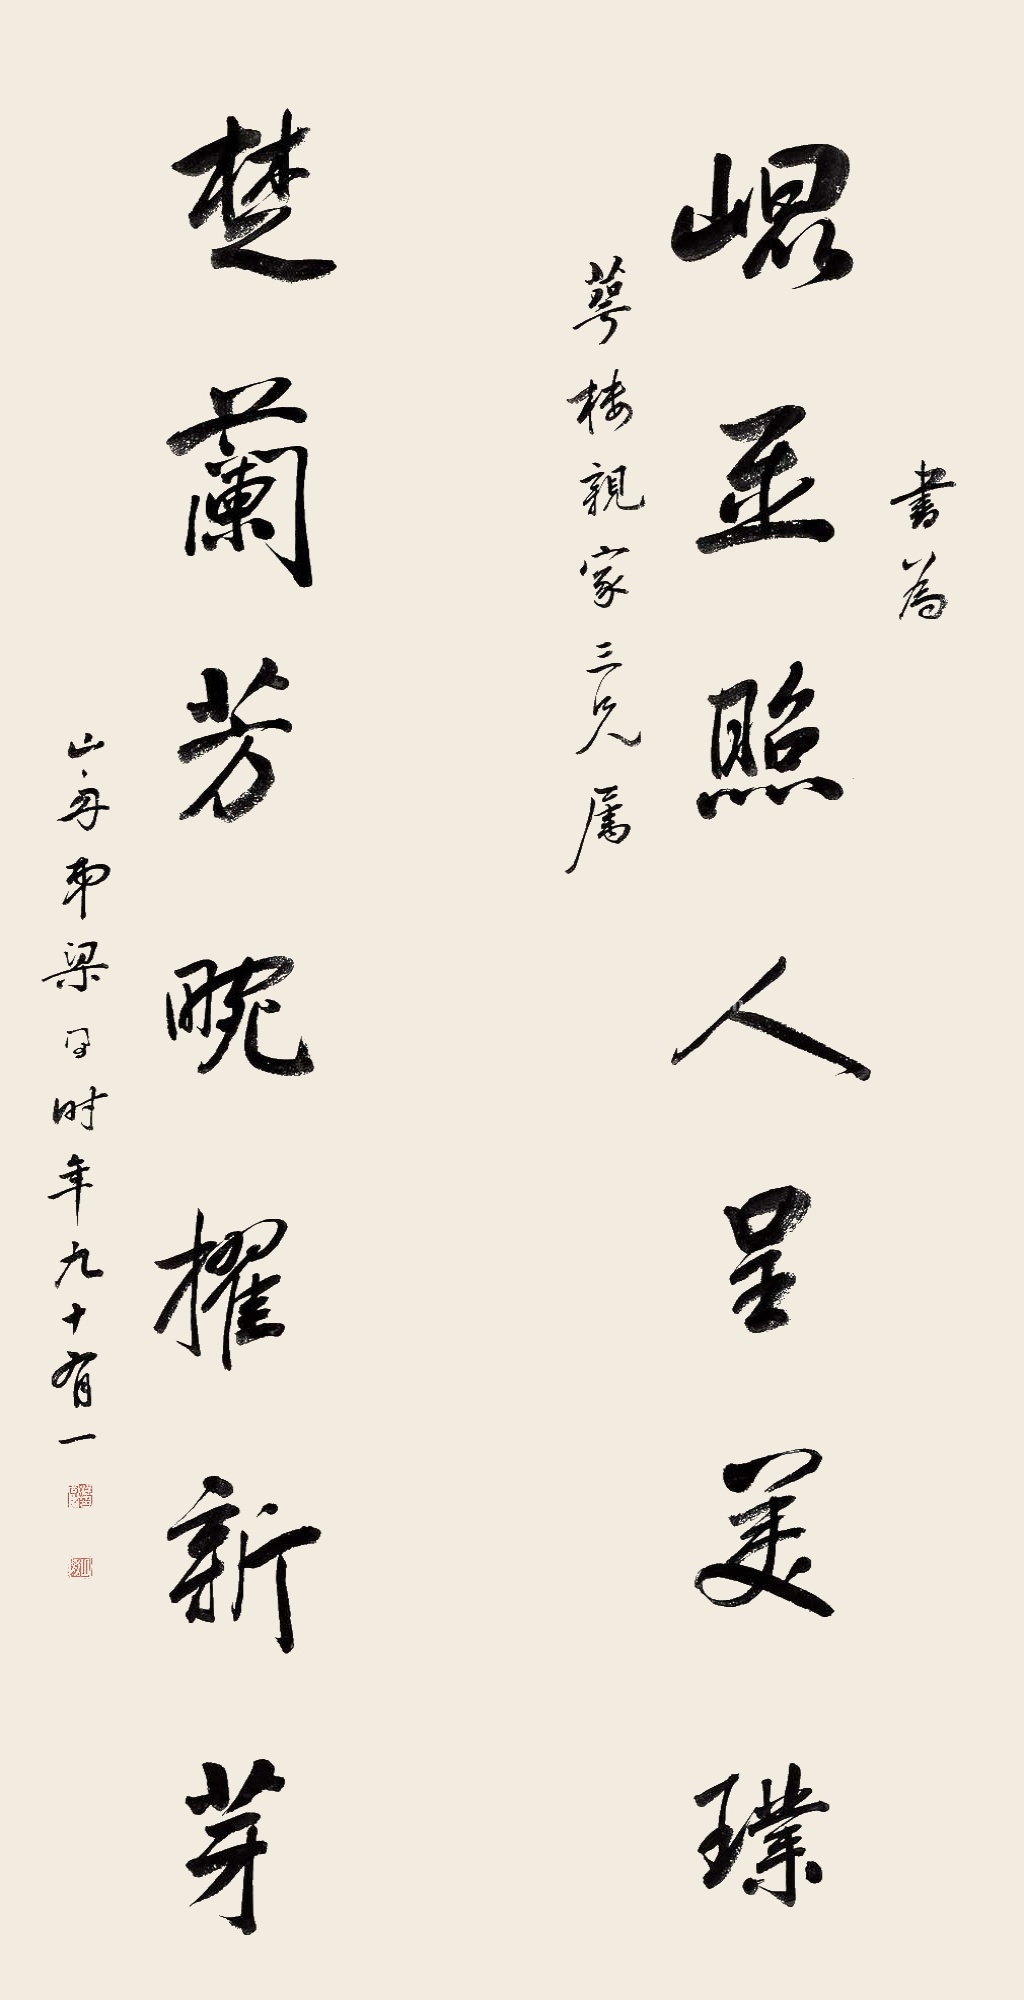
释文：昆玉照人呈美璞，楚兰芳畹擢新芽。书为萼楼亲家三兄属，山舟弟梁同书时年九十有一。